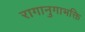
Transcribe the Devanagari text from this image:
रागानुगाभक्ति